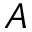
A